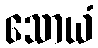
သောယံ